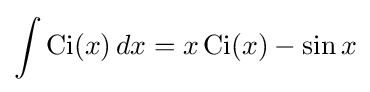
\int \operatorname {Ci} (x)\,dx=x\operatorname {Ci} (x)-\sin x